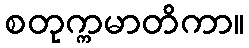
စတုက္ကမာတိကာ။